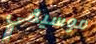
موسيقي